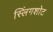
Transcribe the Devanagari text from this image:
स्लिंगशोट